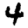
Digit: 4